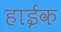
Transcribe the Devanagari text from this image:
हाईक